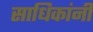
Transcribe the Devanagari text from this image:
साधिकांनी